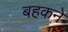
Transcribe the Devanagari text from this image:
बहकने